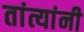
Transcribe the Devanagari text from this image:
तांत्यांनी